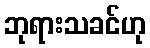
ဘုရားသခင်ဟု